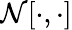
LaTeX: \mathcal{N}[\cdot,\cdot]